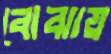
বোঝায়